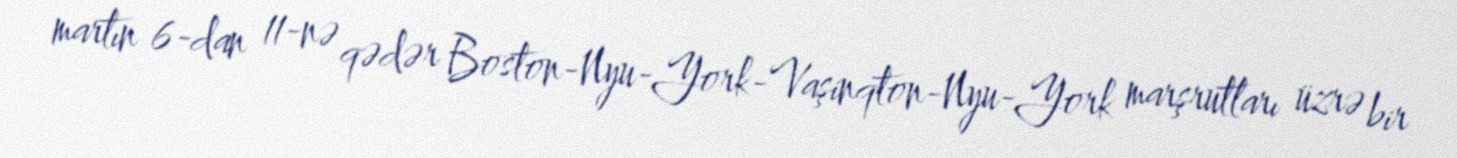
martın 6-dan 11-nə qədər Boston-Nyu-York-Vaşinqton-Nyu-York marşrutları üzrə bir